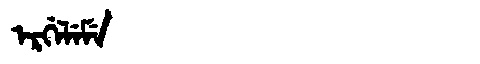
Manchu: ᡝᡵᡤᡝᠯᡝᠮᡝ
Romanization: ERGELEME